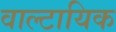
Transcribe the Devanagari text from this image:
वाल्टायिक